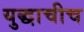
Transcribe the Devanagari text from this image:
युद्धाचीच